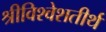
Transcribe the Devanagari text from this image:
श्रीविश्वेशतीर्थ